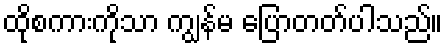
ထိုစကားကိုသာ ကျွန်မ ပြောတတ်ပါသည်။